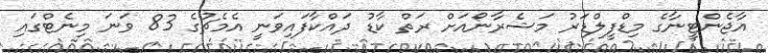
އާޖެންޓީނާގެ މިޑްފީލްޑަރު މަޝެރާނޯއަށް ރަތް ކާޑު ދައްކާފައިވަނީ އެމެޗުގެ 83 ވަނަ މިނެޓްގައި